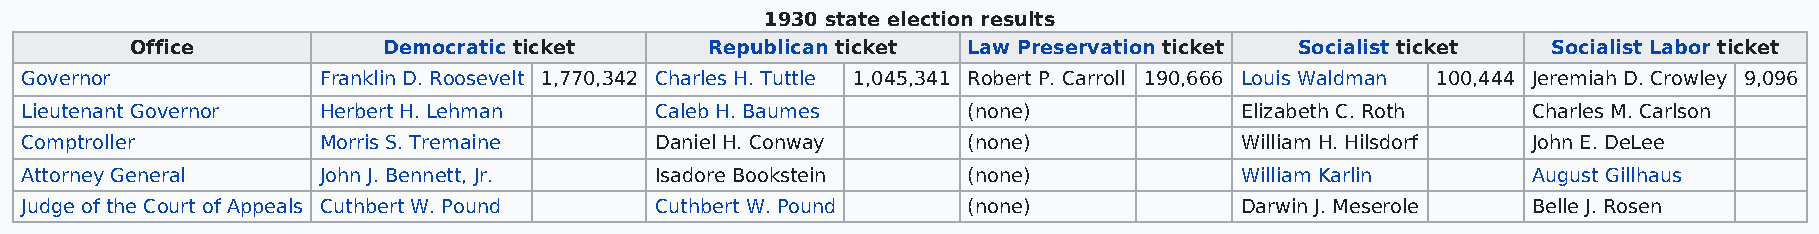
1930 state election results
 Office          Democratic ticket     Republican ticket Law Preservation ticket Socialist ticket Socialist Labor ticket
 Governor            Franklin D. Roosevelt 1,770,342 Charles H. Tuttle 1,045,341 Robert P. Carroll 190,666 Louis Waldman 100,444 Jeremiah D. Crowley 9,096
 Lieutenant Governor Herbert H. Lehman     Caleb H. Baumes      (none)            Elizabeth C. Roth  Charles M. Carlson
 Comptroller         Morris S. Tremaine    Daniel H. Conway     (none)            William H. Hilsdorf John E. DeLee
 Attorney General    John J. Bennett, Jr.  Isadore Bookstein    (none)            William Karlin     August Gillhaus
 Judge of the Court of Appeals Cuthbert W. Pound Cuthbert W. Pound (none)         Darwin J. Meserole Belle J. Rosen